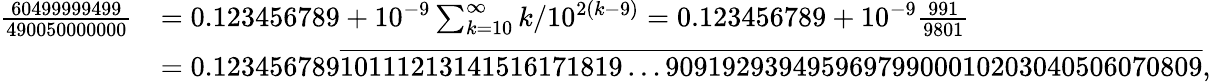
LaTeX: {\begin{array}{rl}{{\frac{60499999499}{490050000000}}}&{=0.123456789+10^{-9}\sum_{k=10}^{\infty}k/10^{2(k-9)}=0.123456789+10^{-9}{\frac{991}{9801}}}\\ &{=0.123456789{\overline{{10111213141516171819\ldots 90919293949596979900010203040506070809}}},}\end{array}}